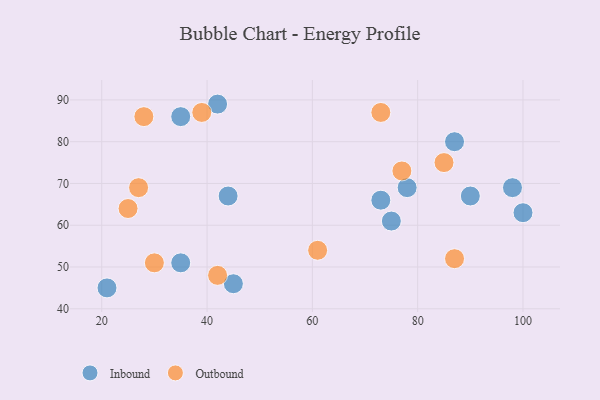
{"axis": {"x": "GDP", "y": "Life Expectancy"}, "legend": ["Inbound", "Outbound"], "data": [{"x": "45", "y": 46, "type": "Inbound"}, {"x": "35", "y": 51, "type": "Inbound"}, {"x": "98", "y": 69, "type": "Inbound"}, {"x": "42", "y": 89, "type": "Inbound"}, {"x": "100", "y": 63, "type": "Inbound"}, {"x": "35", "y": 86, "type": "Inbound"}, {"x": "90", "y": 67, "type": "Inbound"}, {"x": "75", "y": 61, "type": "Inbound"}, {"x": "21", "y": 45, "type": "Inbound"}, {"x": "44", "y": 67, "type": "Inbound"}, {"x": "87", "y": 80, "type": "Inbound"}, {"x": "73", "y": 66, "type": "Inbound"}, {"x": "78", "y": 69, "type": "Inbound"}, {"x": "87", "y": 52, "type": "Outbound"}, {"x": "30", "y": 51, "type": "Outbound"}, {"x": "77", "y": 73, "type": "Outbound"}, {"x": "61", "y": 54, "type": "Outbound"}, {"x": "27", "y": 69, "type": "Outbound"}, {"x": "42", "y": 48, "type": "Outbound"}, {"x": "85", "y": 75, "type": "Outbound"}, {"x": "73", "y": 87, "type": "Outbound"}, {"x": "39", "y": 87, "type": "Outbound"}, {"x": "28", "y": 86, "type": "Outbound"}, {"x": "25", "y": 64, "type": "Outbound"}]}